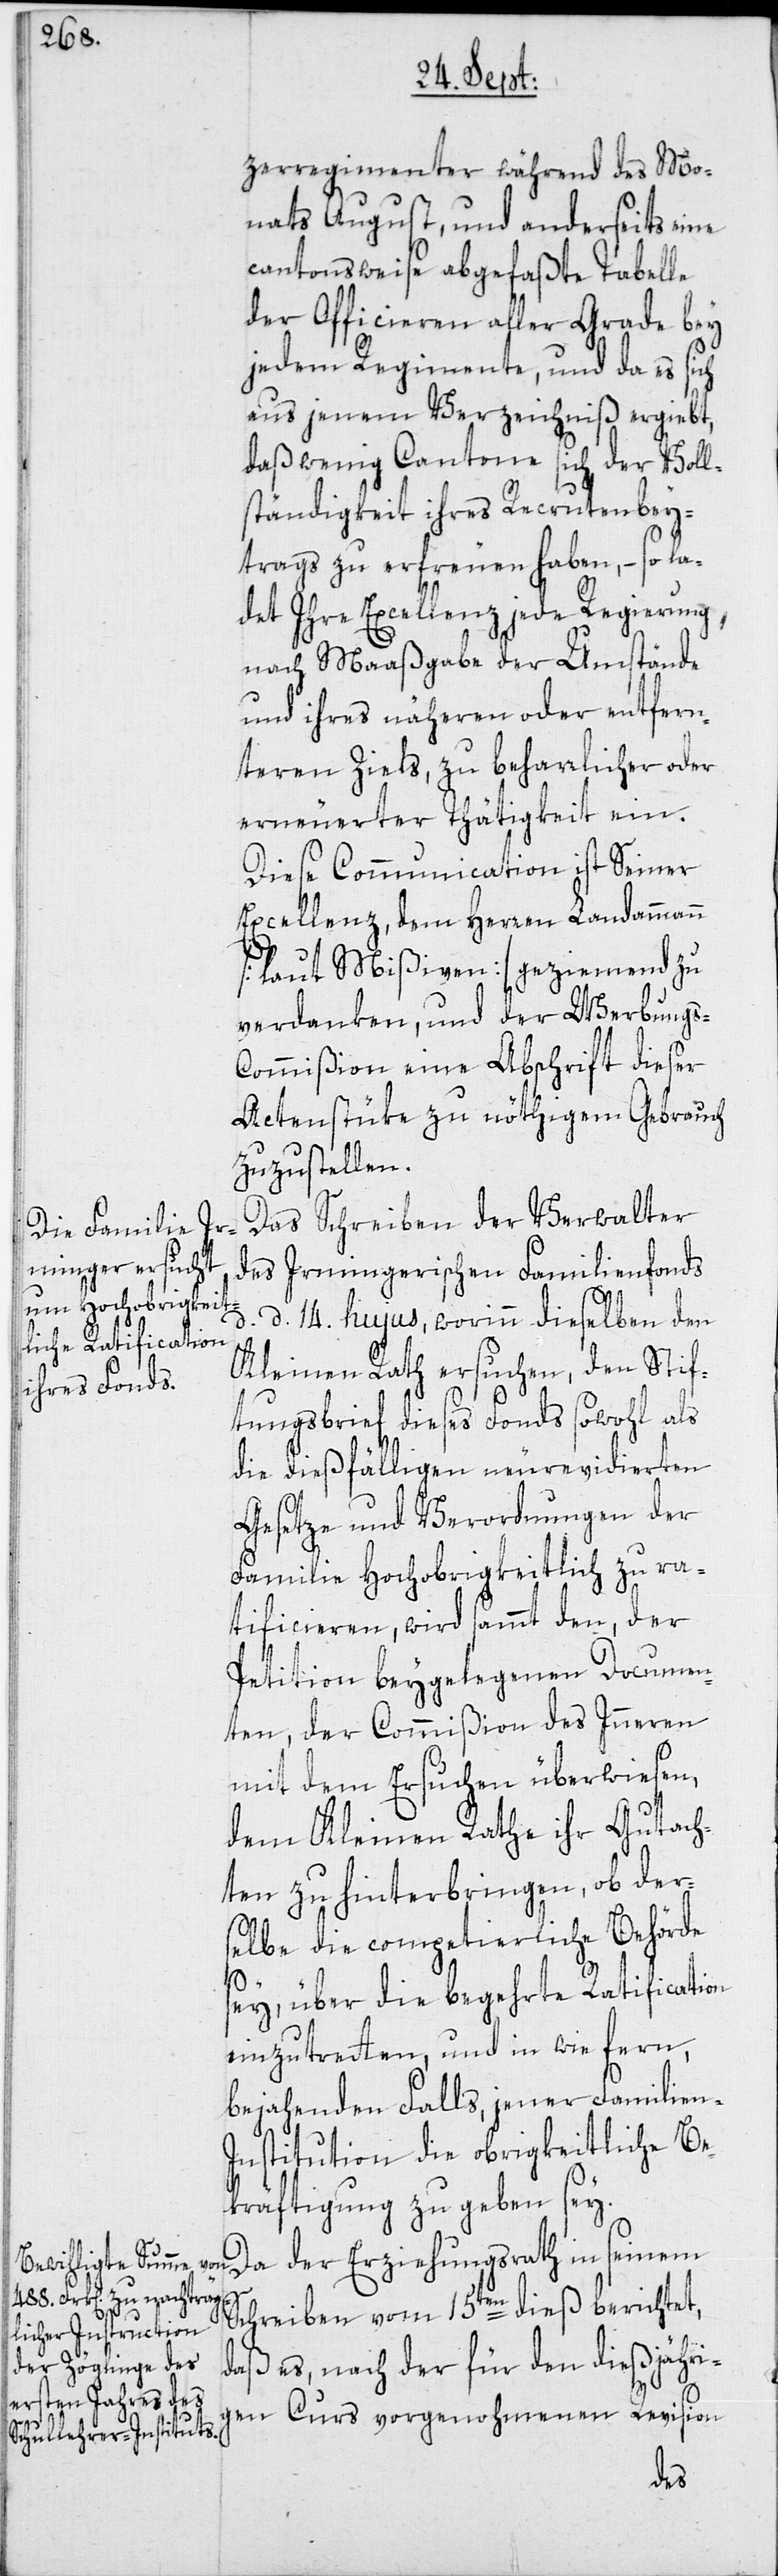
zerregimenter während des Mo¬
nats August, und anderseits eine
cantonsweise abgefaßte Tabelle
der Officieren aller Grade bey
jedem Regimente, und da es sich
aus jenem Verzeichniß ergiebt,
daß wenig Cantone sich der Voll¬
ständigkeit ihres Recrutenbey¬
trags zu erfreuen haben, – so la¬
det Ihre Excellenz jede Regierung,
nach Maaßgabe der Umstände
und ihres näheren oder entfern¬
teren Ziels, zu beharrlicher oder
erneuerter Thätigkeit ein.
Diese Communicaton ist Seiner
Excellenz, dem Herren Landammann
[laut Mißiven] geziemend zu
verdanken, und der Werbung¬
s-Commißion eine Abschrift dieser
Actenstüke zu nöthigem Gebrauch
zuzustellen.
Das Schreiben der Verwalter
des Irmingerischen Familienfonds,
d. 14. hujus, worinn dieselben den
Kleinen Rath ersuchen, den Stif¬
tungsbrief dieses Fonds sowohl als
die dießfälligen neurevidierten
Gesetze und Verordnungen der
Familie Hochobrigkeitlich zu ra¬
tificieren, wird sammt den, der
Petition beygelegenen Documen¬
ten, der Commißion des Inneren
mit dem Ersuchen überwiesen,
dem Kleinen Rathe ihr Gutach¬
ten zu hinterbringen, ob der¬
selbe die competierliche Behörde
sey, über die begehrte Ratification
einzutretten, und in wie fern,
bejahenden Falls, jener Familien-I¬
nstitution die obrigkeitliche Be¬
kräftigung zu geben sey.
Da der Erziehungsrath in seinem
Schreiben vom 15ten dieß berichtet,
daß es, nach der für den dießjähri¬
gen Curs vorgenohmenen Revision